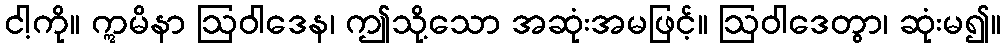
ငါ့ကို။ ဣမိနာ ဩဝါဒေန၊ ဤသို့သော အဆုံးအမဖြင့်။ ဩဝါဒေတွာ၊ ဆုံးမ၍။